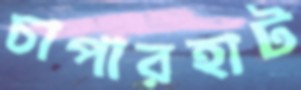
চাপারহাট